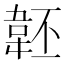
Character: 𩎜